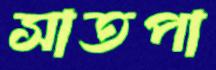
সাতপা